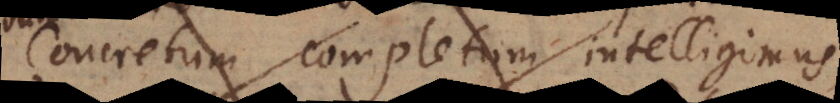
Concretum completum intelligimus,